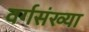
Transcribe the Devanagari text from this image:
वर्गसंख्या